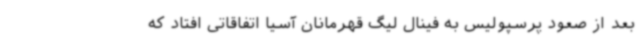
بعد از صعود پرسپولیس به فینال لیگ قهرمانان آسیا اتفاقاتی افتاد که